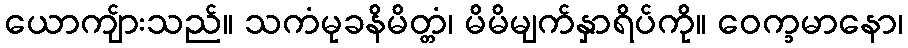
ယောကျ်ားသည်။ သကံမုခနိမိတ္တံ၊ မိမိမျက်နှာရိပ်ကို။ ဝေက္ခမာနော၊